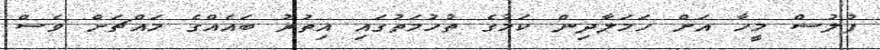
ފުލުސް މީހާ އަށް ހަމަލާދިން ކަމުގެ ތުހުމަތުގައި އިތުރު ބައެއްގެ މައްޗަށް ވެސް